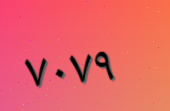
٧٠٧٩